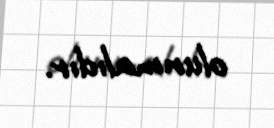
olunmalıdır.